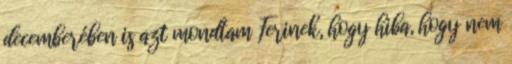
decemberében is azt mondtam Ferinek, hogy hiba, hogy nem